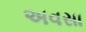
અવસા